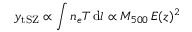
y _ { \mathrm { t S Z } } \propto \int n _ { e } T \, \mathrm { d } l \propto M _ { 5 0 0 } \, E ( z ) ^ { 2 }